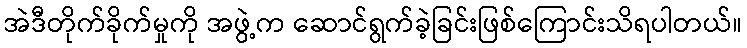
အဲဒီတိုက်ခိုက်မှုကို အဖွဲ့က ဆောင်ရွက်ခဲ့ခြင်းဖြစ်ကြောင်းသိရပါတယ်။